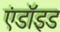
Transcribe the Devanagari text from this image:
एंडॉइड